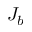
J _ { b }